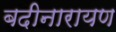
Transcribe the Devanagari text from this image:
बदीनारायण